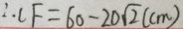
\therefore C F = 6 0 - 2 0 \sqrt { 2 } ( c m )